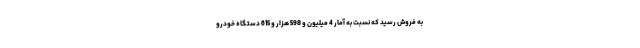
به فروش رسید که نسبت به آمار 4 میلیون و 598 هزار و 615 دستگاه خودرو